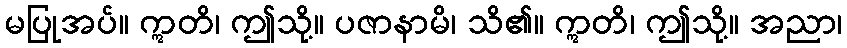
မပြုအပ်။ ဣတိ၊ ဤသို့။ ပဇာနာမိ၊ သိ၏။ ဣတိ၊ ဤသို့။ အညာ၊